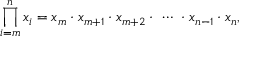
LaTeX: \prod _ { i = m } ^ { n } x _ { i } = x _ { m } \cdot x _ { m + 1 } \cdot x _ { m + 2 } \cdot \, \, \cdots \, \, \cdot x _ { n - 1 } \cdot x _ { n } ,